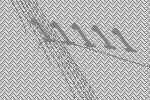
11111